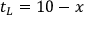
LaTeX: \, t _ { L } = 1 0 - x